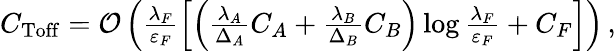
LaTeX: \begin{array}{r}{C_{\mathrm{Toff}}=\mathcal{O}\left(\frac{\lambda_{F}}{\varepsilon_{F}}\left[\left(\frac{\lambda_{A}}{\Delta_{A}}C_{A}+\frac{\lambda_{B}}{\Delta_{B}}C_{B}\right)\log\frac{\lambda_{F}}{\varepsilon_{F}}+C_{F}\right]\right)\, ,}\end{array}